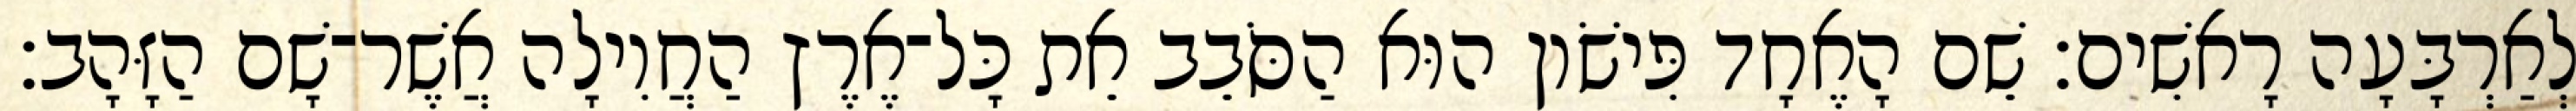
לְאַרְבָּעָה רָאשִׁים׃ שֵׁם הָאֶחָד פִּישֹׁון הוּא הַסֹּבֵב אֵת כָּל־אֶרֶץ הַחֲוִילָה אֲשֶׁר־שָׁם הַזָּהָב׃